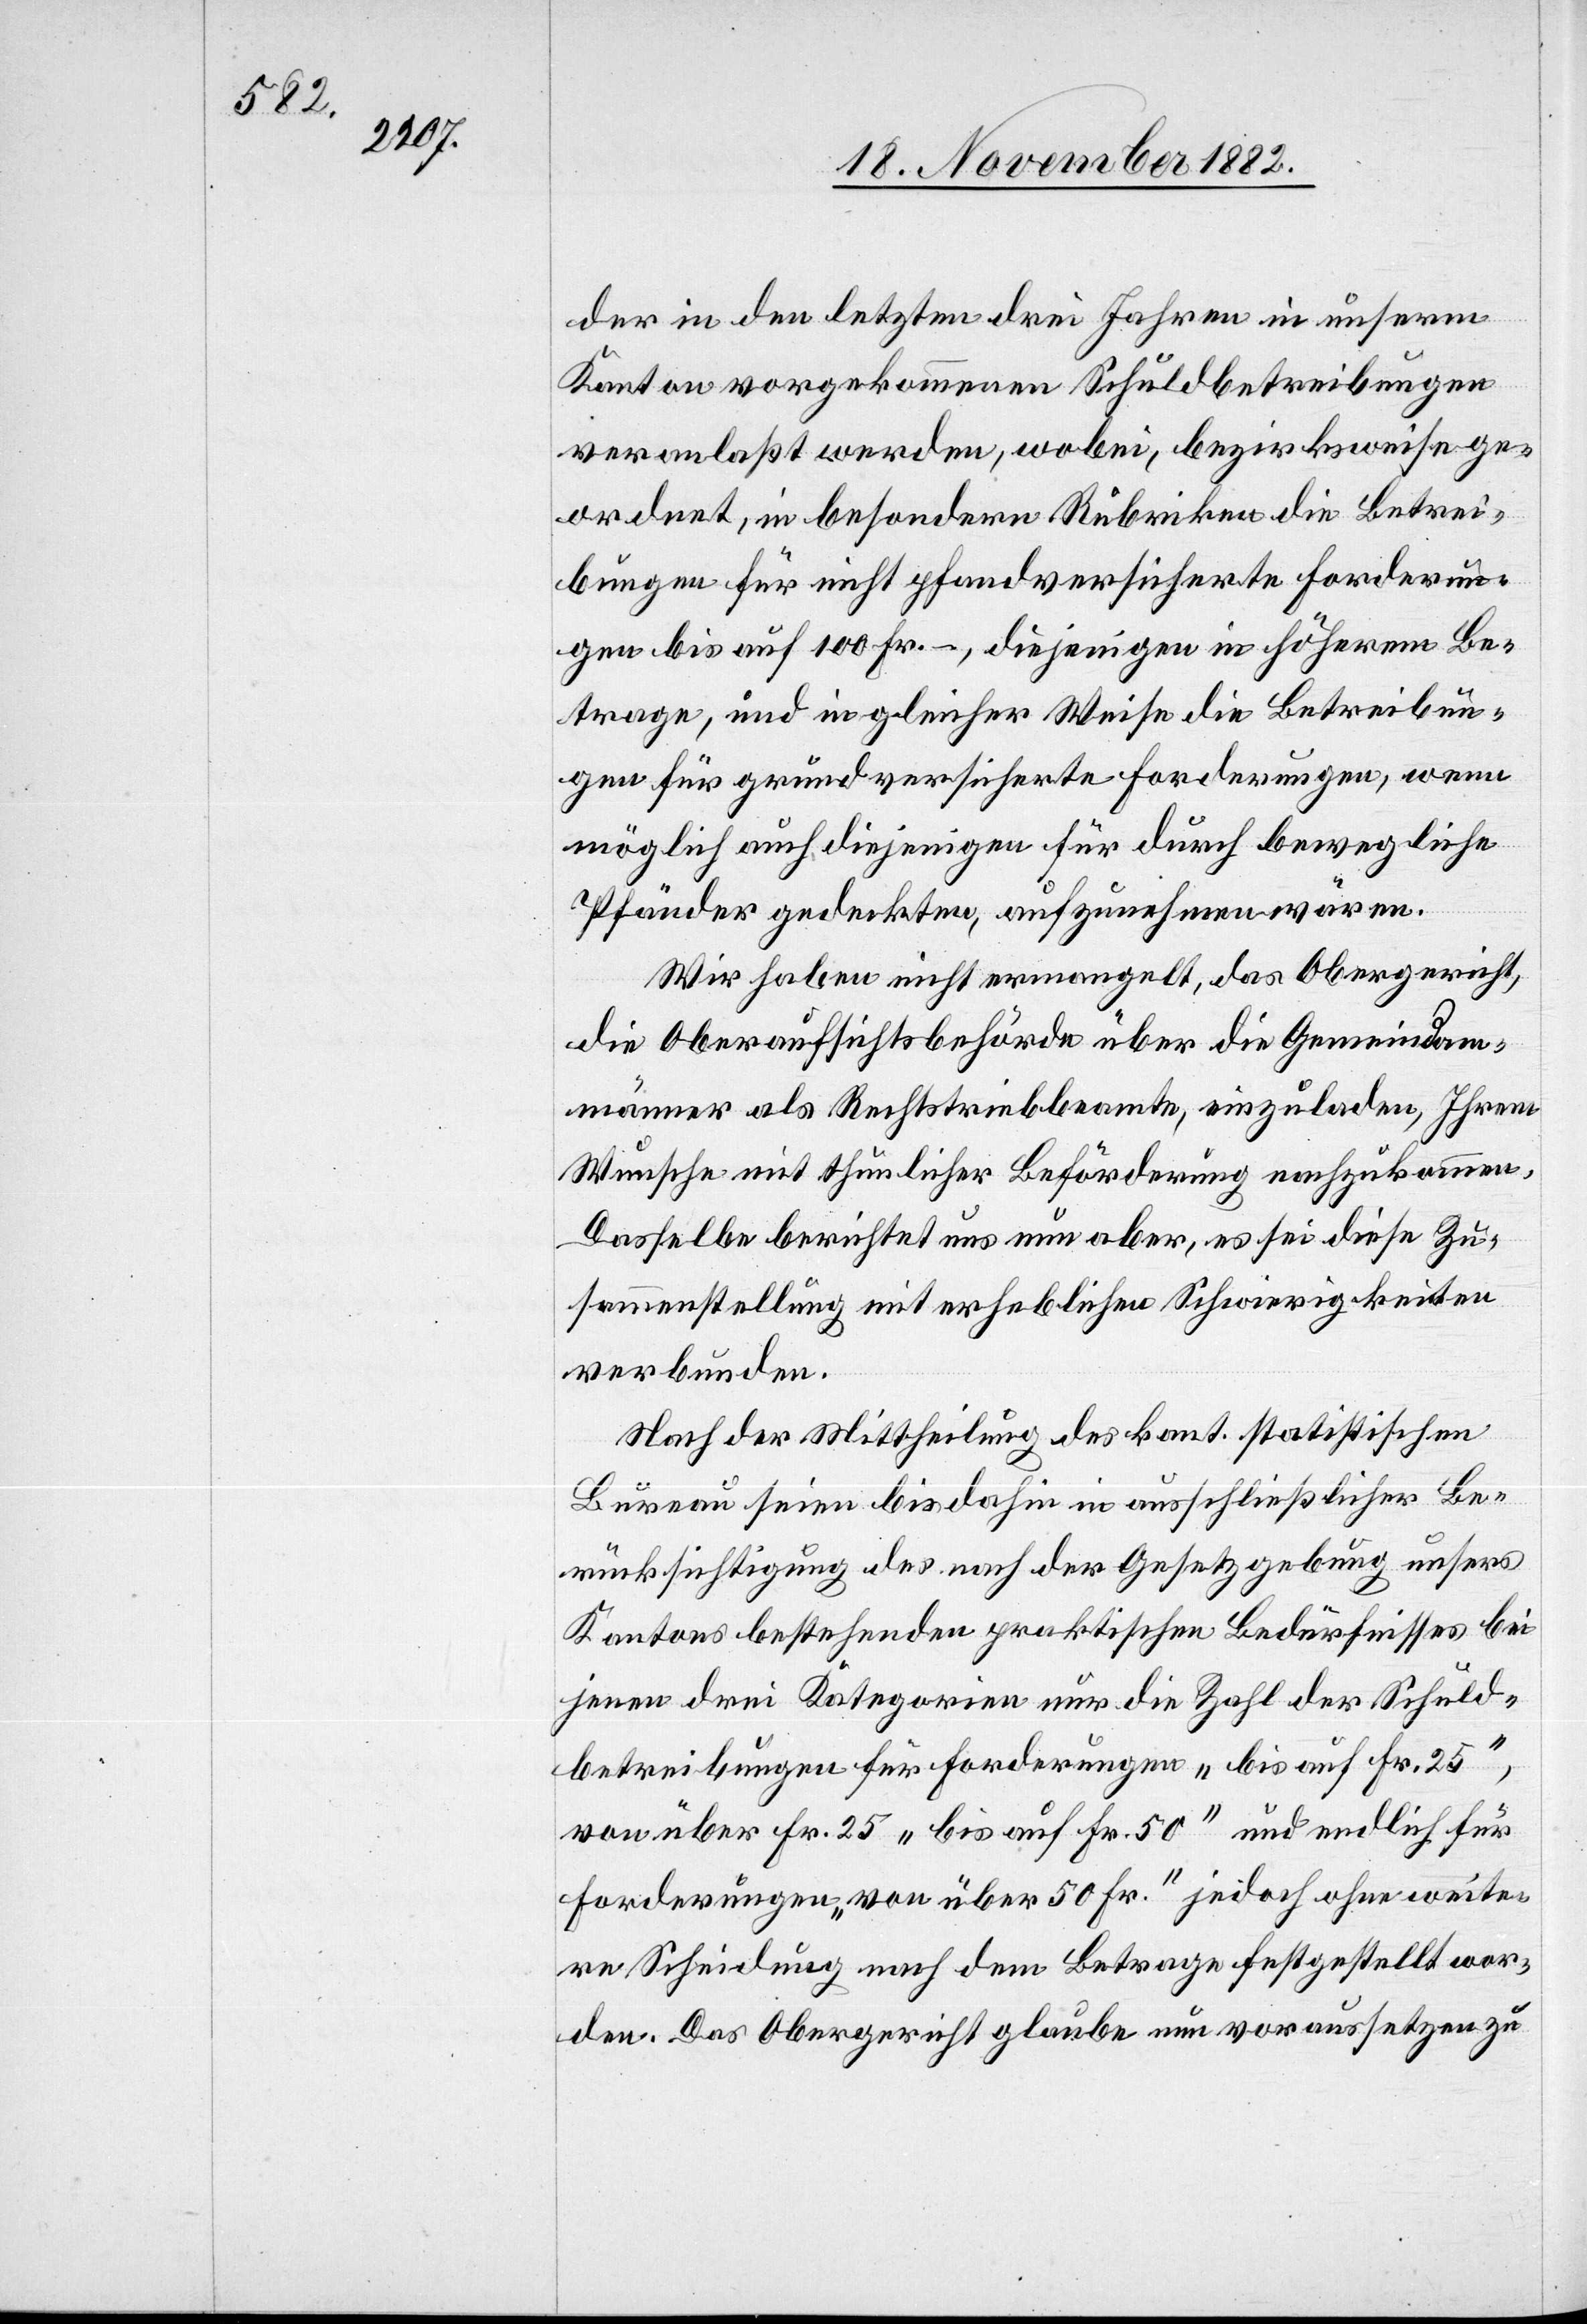
der in den letzten drei Jahren in unserm
Kanton vorgekommenen Schuldbetreibungen
veranlaßt werden, wobei, bezirksweise ge¬
ordnet, in besondern Rubriken die Betrei¬
bungen für nicht pfandversicherte Forderun¬
gen bis auf 100 Fr. –, diejenigen in höherem Be¬
trage, und in gleicher Weise die Betreibun¬
gen für grundversicherte Forderungen, wenn
möglich auch diejenigen für durch bewegliche
Pfänder gedeckten [sic!], aufzunehmen wären.
Wir haben nicht ermangelt, das Obergericht,
die Oberaufsichtsbehörde über die Gemeindam¬
männer als Rechtstriebbeamte, einzuladen, Ihrem
Wunsche mit thunlicher Beförderung nachzukommen.
Dasselbe berichtet uns nun aber, es sei diese Zu¬
sammenstellung mit erheblichen Schwierigkeiten
verbunden.
Nach der Mittheilung des kant. statistischen
Bureau seien bis dahin in ausschließlicher Be¬
rücksichtigung des nach der Gesetzgebung unsers
Kantons bestehenden praktischen Bedürfnisses bei
jenen drei Kategorien nur die Zahl der Schuld¬
betreibungen für Forderungen „bis auf Fr. 25“,
von über Fr. 25 „bis auf Fr. 50“ und endlich für
Forderungen „von über 50 Fr.“ jedoch ohne weite¬
re Scheidung nach dem Betrage festgestellt wor¬
den. Das Obergericht glaube nun voraussetzen zu